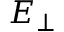
{ \boldsymbol { E } } _ { \perp }